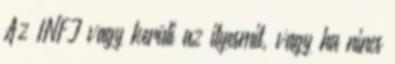
Az INFJ vagy kerüli az ilyesmit, vagy ha nincs